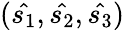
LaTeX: (\hat{s_{1}},\hat{s_{2}},\hat{s_{3}})